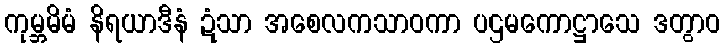
ကုမ္ဘမိမံ နိရယာဒီနံ ဍံသာ အစေလကသာဝကာ ပဌမကောဋ္ဌာသေ ဒတွာဝ